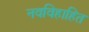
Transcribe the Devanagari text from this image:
नवविहाहित